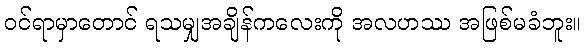
ဝင်ရာမှာတောင် ရသမျှအချိန်ကလေးကို အလဟဿ အဖြစ်မခံဘူး။